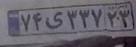
۷۴ی۳۳۷۲۳